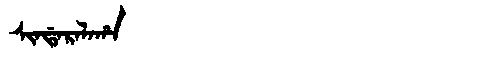
Manchu: ᠰᡳᠨᡩᠠᡵᠠᠯᠠᡥᠠ
Romanization: SINDARALAHA